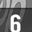
Digit: 6